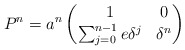
\begin{align*}P^n = a^n \begin{pmatrix}1 & 0 \\ \sum_{j=0}^{n-1} e \delta^j & \delta^n\end{pmatrix} \end{align*}